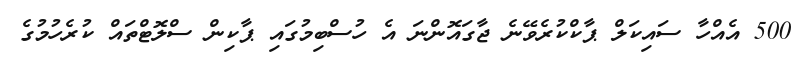
500 އެއްހާ ސައިކަލް ޕާކްކުރެވޭނެ ޖާގައޮންނަ އެ ހުސްބިމުގައި ޕާކިން ސްލޮޓްތައް ކުރެހުމުގެ